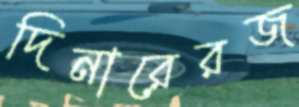
দিনারেরজ